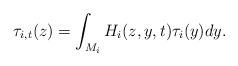
LaTeX: \begin{align*}\tau_{i, t}(z) = \int_{M_i} H_i(z, y, t)\tau_i(y)dy.\end{align*}